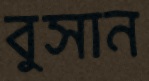
বুসান